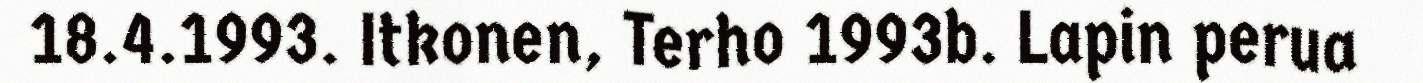
18.4.1993. Itkonen, Terho 1993b. Lapin perua